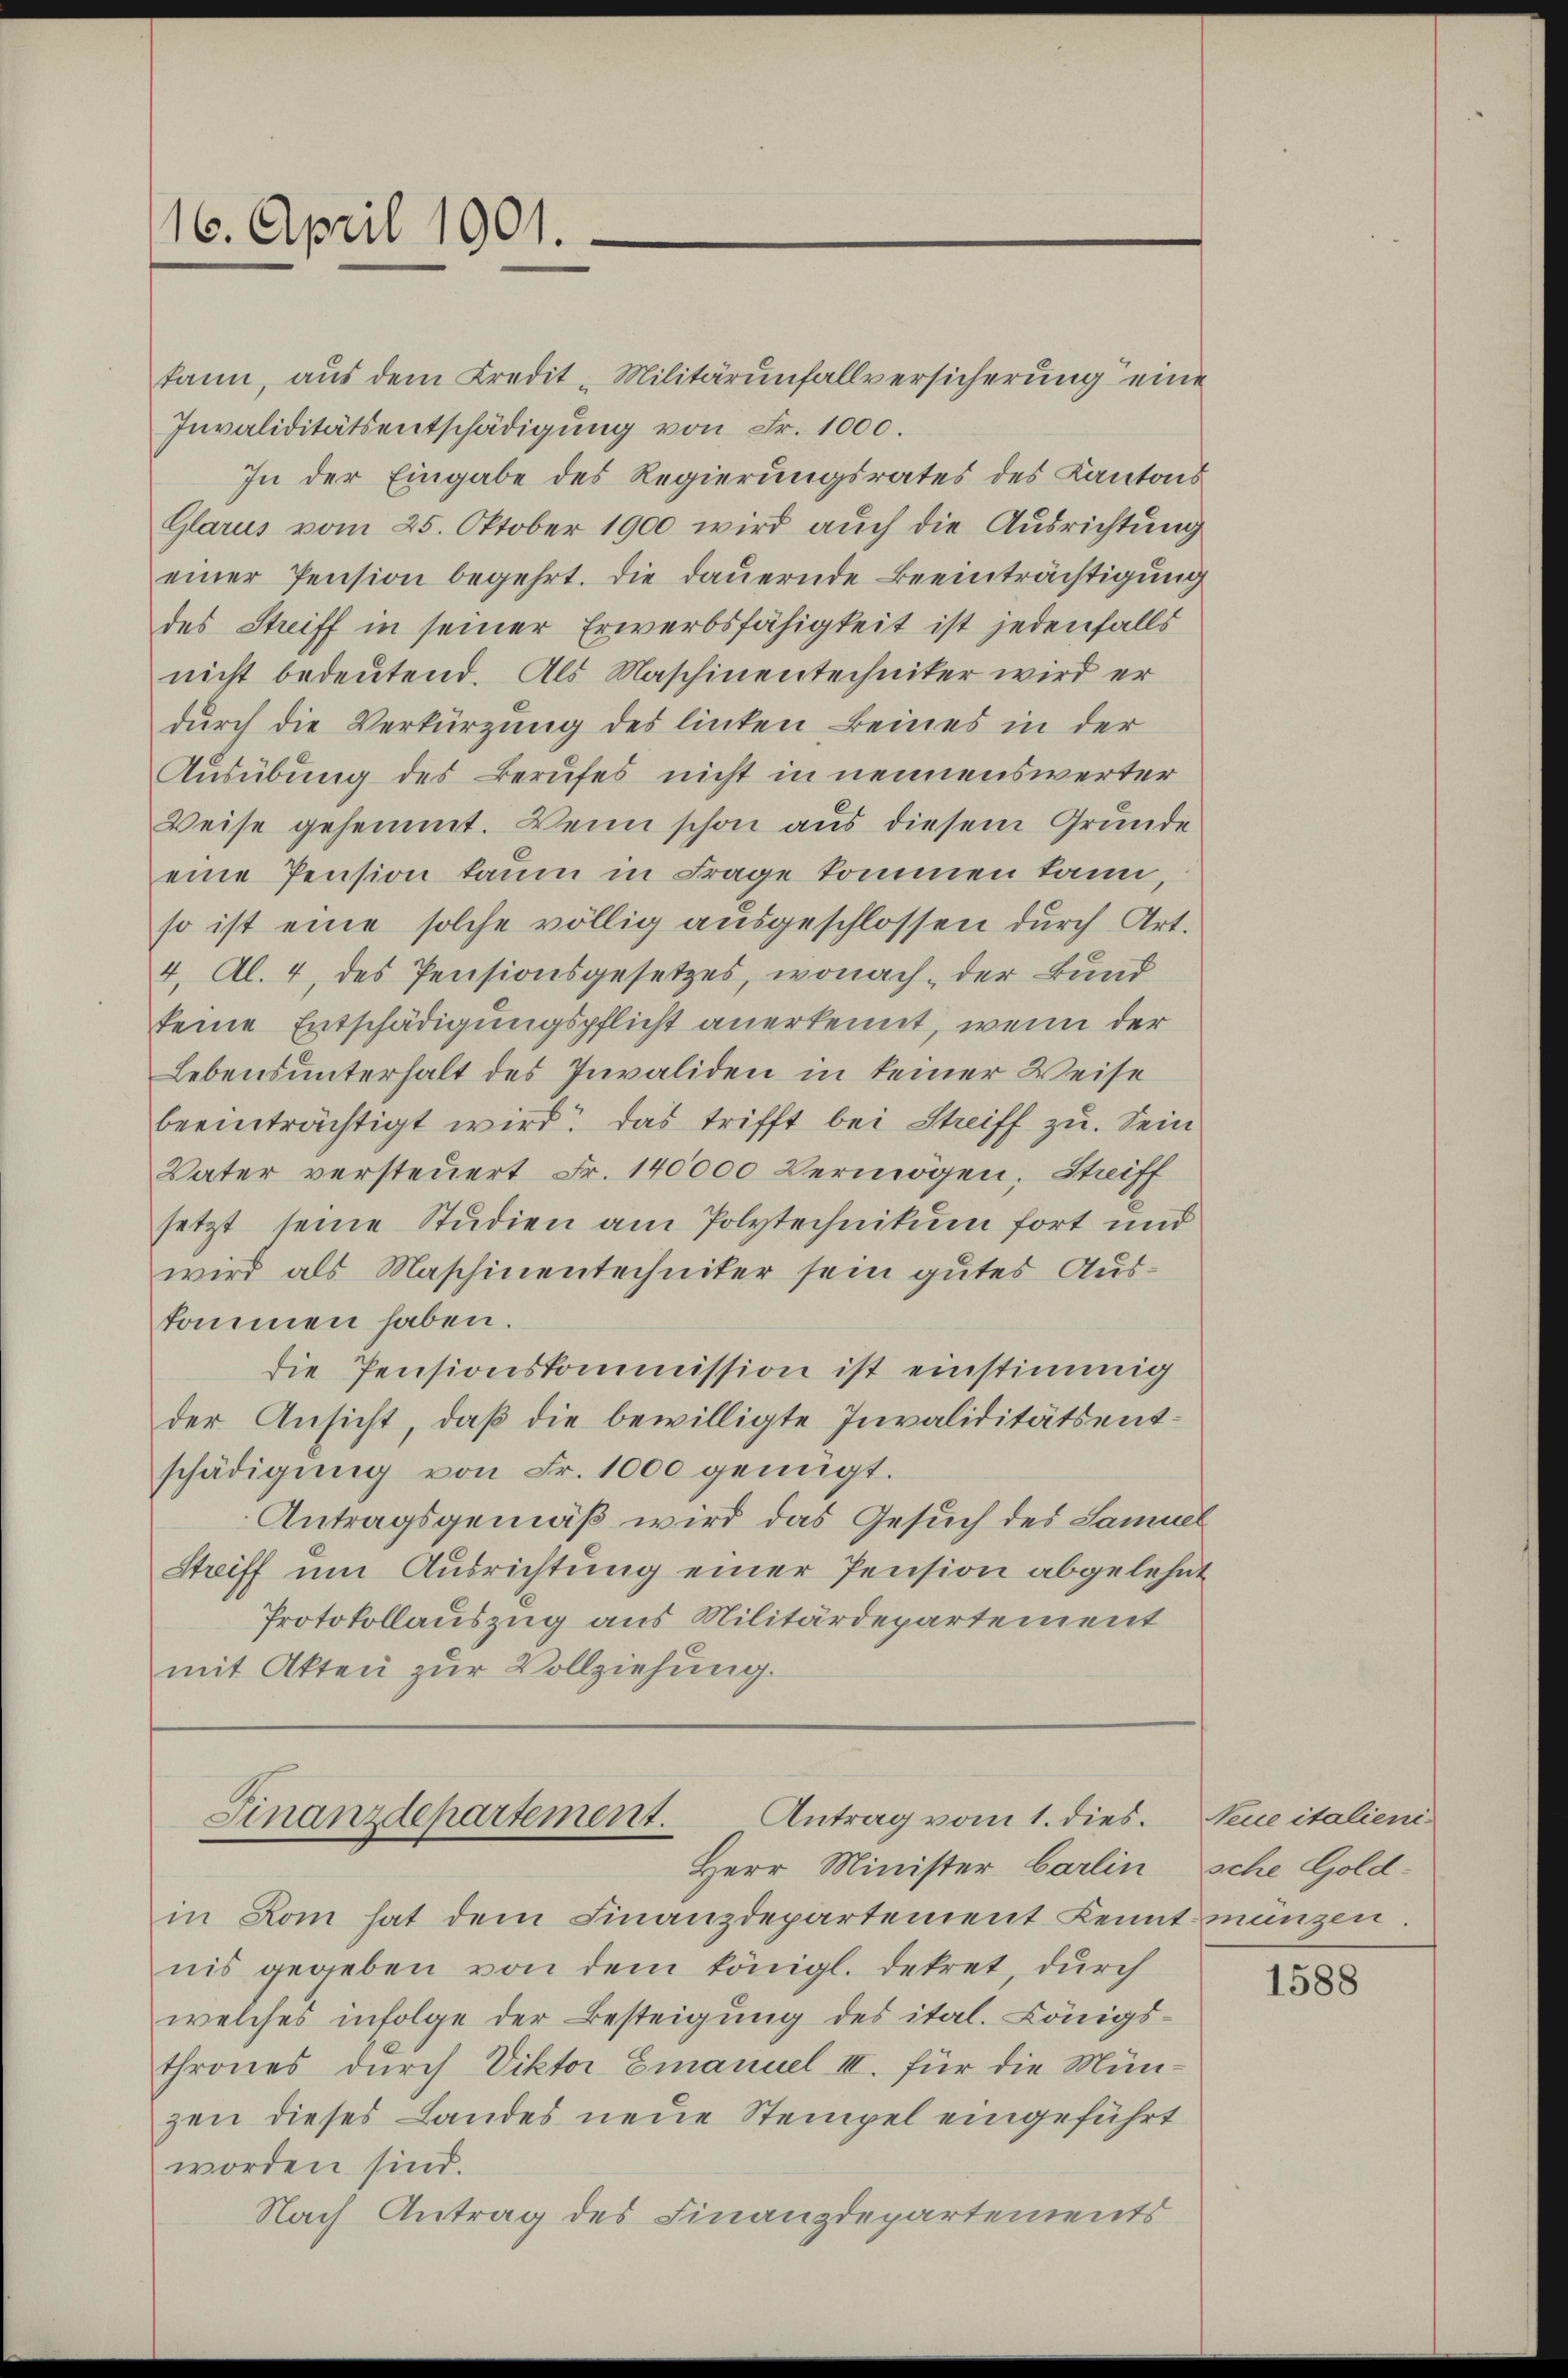
16. April 1901.

kann, aus dem Kredit-Militärunfallversicherung eine
Invaliditätsentschädigung von Fr. 1000.
In der Eingabe des Regierungsrates des Kantons
Glarus vom 25. Oktober 1900 wird auch die Ausrichtung
einer Pension begehrt. Die dauernde Beeinträchtigung
des Streiff in seiner Erwerbsfähigkeit ist jedenfalls
nicht bedeutend. Als Maschinentechniker wird er
durch die Verkürzung des linten Beines in der
Ausübung des Berufes nicht in nennenswerter
Weise gehemmt. Wenn schon aus diesem Grunde
eine Pension kaum in Frage kommen kann,
so ist eine solche völlig aŭsgeschlossen dŭrch Art.
4, Al. 4, des Pensionsgesetzes, wonach, der Bund
keine Entschädigungspflicht anerkennt, wenn der
Lebensunterhalt des Invaliden in keiner Weise
beeinträchtigt wird. Das trifft bei Streiff zu. Sein
Vater versteuert Fr. 140000 Vermögen, Striff
setzt seine Studien am Polytechnikum fort und
wird als Maschinentechniker sein gutes Auskommen haben.
die Pensionskommission ist einstimmig
der Ansicht, daß die bewilligte Invaliditätsentschädigŭng von Fr. 1000 genügt.
Antragsgemäß wird das Gesuch des Samuel
Striff um Ausrichtung einer Pension abgelehnt
Protokollauszug aus Militärdepartement
mit Akten zur Vollziehung.

Antrag vom 1. dies.
Finanzdepartement.
Herr Minister Carlin sche Gold¬

in Kom hat dem Finanzdepartement Kennt mänzen.
nis gegeben von dem königl. dekret durch
welches infolge der Besteigung des ital. Königs-
thrones durch Viktor Emanuel III. für die Münzen dieses Landes neue Stempel eingeführt
worden sind.
Nach Antrag des Finanzdepartements

Neue italieni

1588